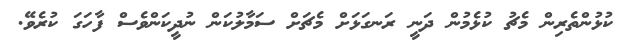
ކުޅުންތެރިން މެޗު ކުޅެމުން ދަނީ ރަނގަޅަށް މެޗަށް ސަމާލުކަން ނުދީކަންވެސް ފާހަގަ ކުރެވޭ.